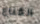
القناع